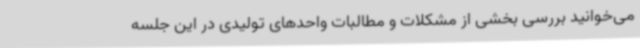
می‌خوانید بررسی بخشی از مشکلات و مطالبات واحدهای تولیدی در این جلسه